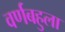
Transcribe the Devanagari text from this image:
वर्णबहुला